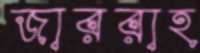
জাররাহ